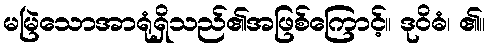
မမြဲသောအာရုံရှိသည်၏အဖြစ်ကြောင့်။ ဒုဝိဓံ၊ ၏။